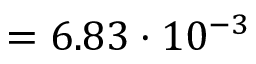
= 6 . 8 3 \cdot 1 0 ^ { - 3 }